Report on vaccination in Madras 1904-1921 - 1904-1921
Year: 1904
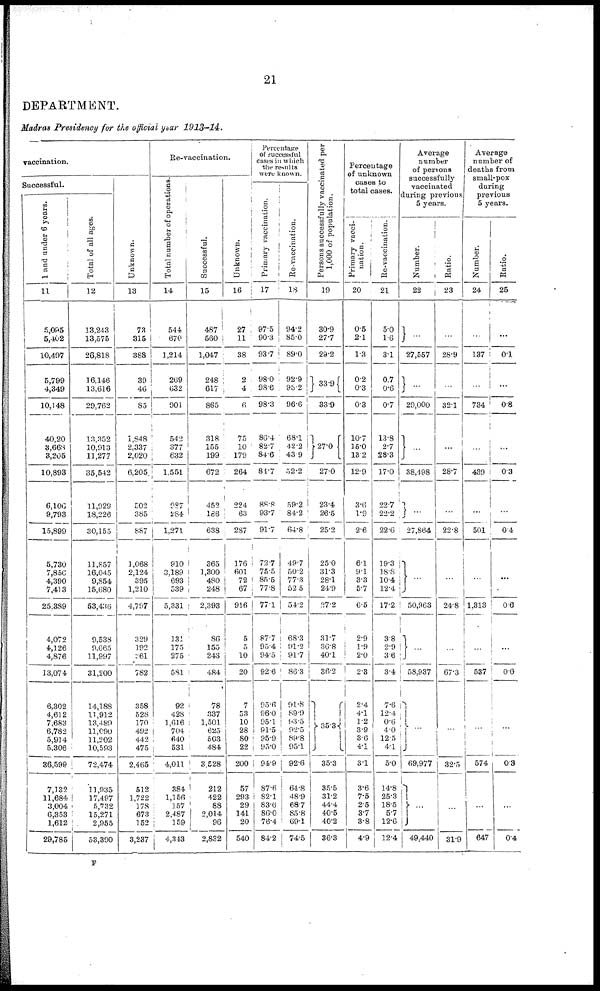
21
DEPARTMENT.
Madras Presidency for the official year 1913-14.
vaccination.
Successful.
1 and under 6 years.
11
5,095
5,402
10,497
5,799
4,349
10,148
40,20
3,663
3,205
10,893
6,106
9,793
15,899
5,730
7,856
4,390
7,413
25,389
4,072
4,126
4,876
13,074
6,302
4,612
7,683
6,782
5,914
5,306
36,599
7,132
11,684
3,004
6,353
1,612
29,785
Total of all ages.
12
13,243
13,575
26,818
16,146
13,616
29,762
13,352
10,913
11,277
35,542
11,929
18,226
30,155
11,857
16,045
9,854
15,680
53,436
9,538
9,665
11,997
31,200
14,188
11,912
13,489
11,090
11,202
10,593
72,474
11,935
17,497
5,732
15,271
2,955
53,390
Unknown.
13
73
315
388
39
46
85
1,848
2,337
2,020
6,205
502
385
887
1,068
2,124
395
1,210
4,797
329
192
281
782
358
528
170
492
442
475
2,465
512
1,722
178
673
152
3,237
Re-vaccination.
Total number of operations.
14
544
670
1,214
269
632
901
542
377
632
1,551
987
284
1,271
910
3,189
693
539
5,331
131
175
275
581
92
428
1,616
704
640
531
4,011
384
1,156
157
2,487
159
4,343
Successful.
15
487
560
1,047
248
617
865
318
155
199
672
452
186
638
365
1,300
480
248
2,393
86
155
243
484
78
337
1,501
625
503
484
3,528
212
422
88
2,014
96
2,832
Unknown.
16
27
11
38
2
4
6
75
10
179
264
224
63
287
176
601
72
67
916
5
5
10
20
7
53
10
28
80
22
200
57
293
29
141
20
540
Percentage
of successful
cases in which
the results
were known.
Primary vaccination.
17
97.5
90.3
93.7
98.0
98.6
98.3
86.4
82.7
84.6
81.7
88.8
93.7
91.7
72.7
75.5
85.5
77.8
77.1
87.7
95.4
94.5
92.6
95.6
96.0
95.1
91.5
95.9
95.0
94.9
87.6
82.1
83.6
86.0
76.4
84.2
Re-vaccination.
18
94.2
85.0
89.0
92.9
90.2
96.6
68.1
42.2
43.9
52.2
59.2
84.2
64.8
49.7
50.2
77.3
52.5
54.2
68.3
91.2
91.7
86.3
91.8
89.9
93.5
92.5
89.8
95.1
92.6
64.8
48.9
68.7
85.8
69.1
74.5
Persons successfully vaccinated per
1,000 of population.
19
30.9
27.7
29.2
33.9
33.9
27.0
27.0
23.4
26.5
25.2
25.0
31.3
28.1
24.9
27.2
31.7
36.8
40.1
36.2
35.3
35.3
35.5
31.2
44.4
40.5
40.2
36.3
Percentage
of unknown
cases to
total cases.
Primary vacci-
nation.
20
0.5
2.1
1.3
0.2
0.3
0.3
10.7
15.0
13.2
12.9
3.6
1.9
2.6
6.1
9.1
3.3
5.7
6.5
2.9
1.9
2.0
2.3
2.4
4.1
1.2
3.9
3.6
4.1
3.1
3.6
7.5
2.5
3.7
3.8
4.9
Re-vaccination.
21
5.0
1.6
3.1
0.7
0.6
0.7
13.8
2.7
28.3
17.0
22.7
22.2
22.6
19.3
18.8
10.4
12.4
17.2
3.8
2.9
3.6
3.4
7.6
12.4
0.6
4.0
12.5
4.1
5.0
14.8
25.3
18.5
5.7
12.6
12.4
Average
number
of persons
successfully
vaccinated
during previous
5 years.
Number.
22
...
27,557
...
29,000
...
38,498
...
27,864
...
50,963
...
58,937
...
69,977
...
49,440
Ratio.
23
...
28.9
...
32.1
...
28.7
...
22.8
...
24.8
...
67.3
...
32.5
...
31.9
Average
number of
deaths from
small-pox
during
previous
5 years.
Number.
24
...
137
...
734
...
439
...
501
...
1,313
...
537
...
574
...
647
Ratio.
25
...
0.1
...
0.8
...
0.3
...
0.4
...
0.6
...
0.6
...
0.3
...
0.4
F